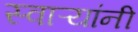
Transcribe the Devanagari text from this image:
स्वाऱ्यांनी